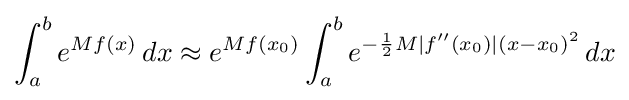
\int _{a}^{b}e^{Mf(x)}\,dx\approx e^{Mf(x_{0})}\int _{a}^{b}e^{-{\frac {1}{2}}M|f''(x_{0})|(x-x_{0})^{2}}\,dx